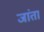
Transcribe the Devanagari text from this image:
जांता